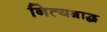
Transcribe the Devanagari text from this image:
नित्यश्राद्ध